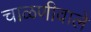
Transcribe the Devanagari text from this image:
चाळणीवाले